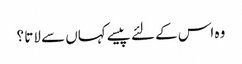
وہ اس کے لئے پیسے کہاں سے لاتا ؟